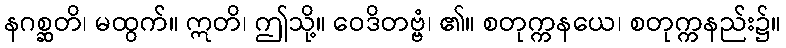
နဂစ္ဆတိ၊ မထွက်။ ဣတိ၊ ဤသို့။ ဝေဒိတဗ္ဗံ၊ ၏။ စတုက္ကနယေ၊ စတုက္ကနည်း၌။